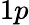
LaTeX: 1p